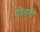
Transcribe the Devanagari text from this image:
गोलगी